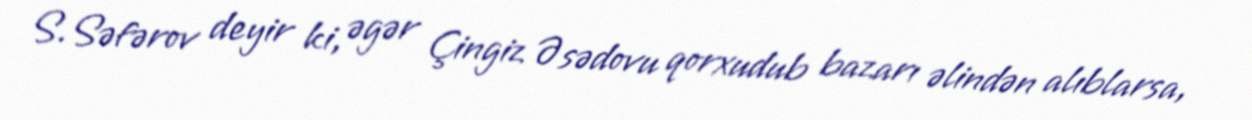
S.Səfərov deyir ki, əgər Çingiz Əsədovu qorxudub bazarı əlindən alıblarsa,